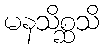
မနသိစ္ဆသိ